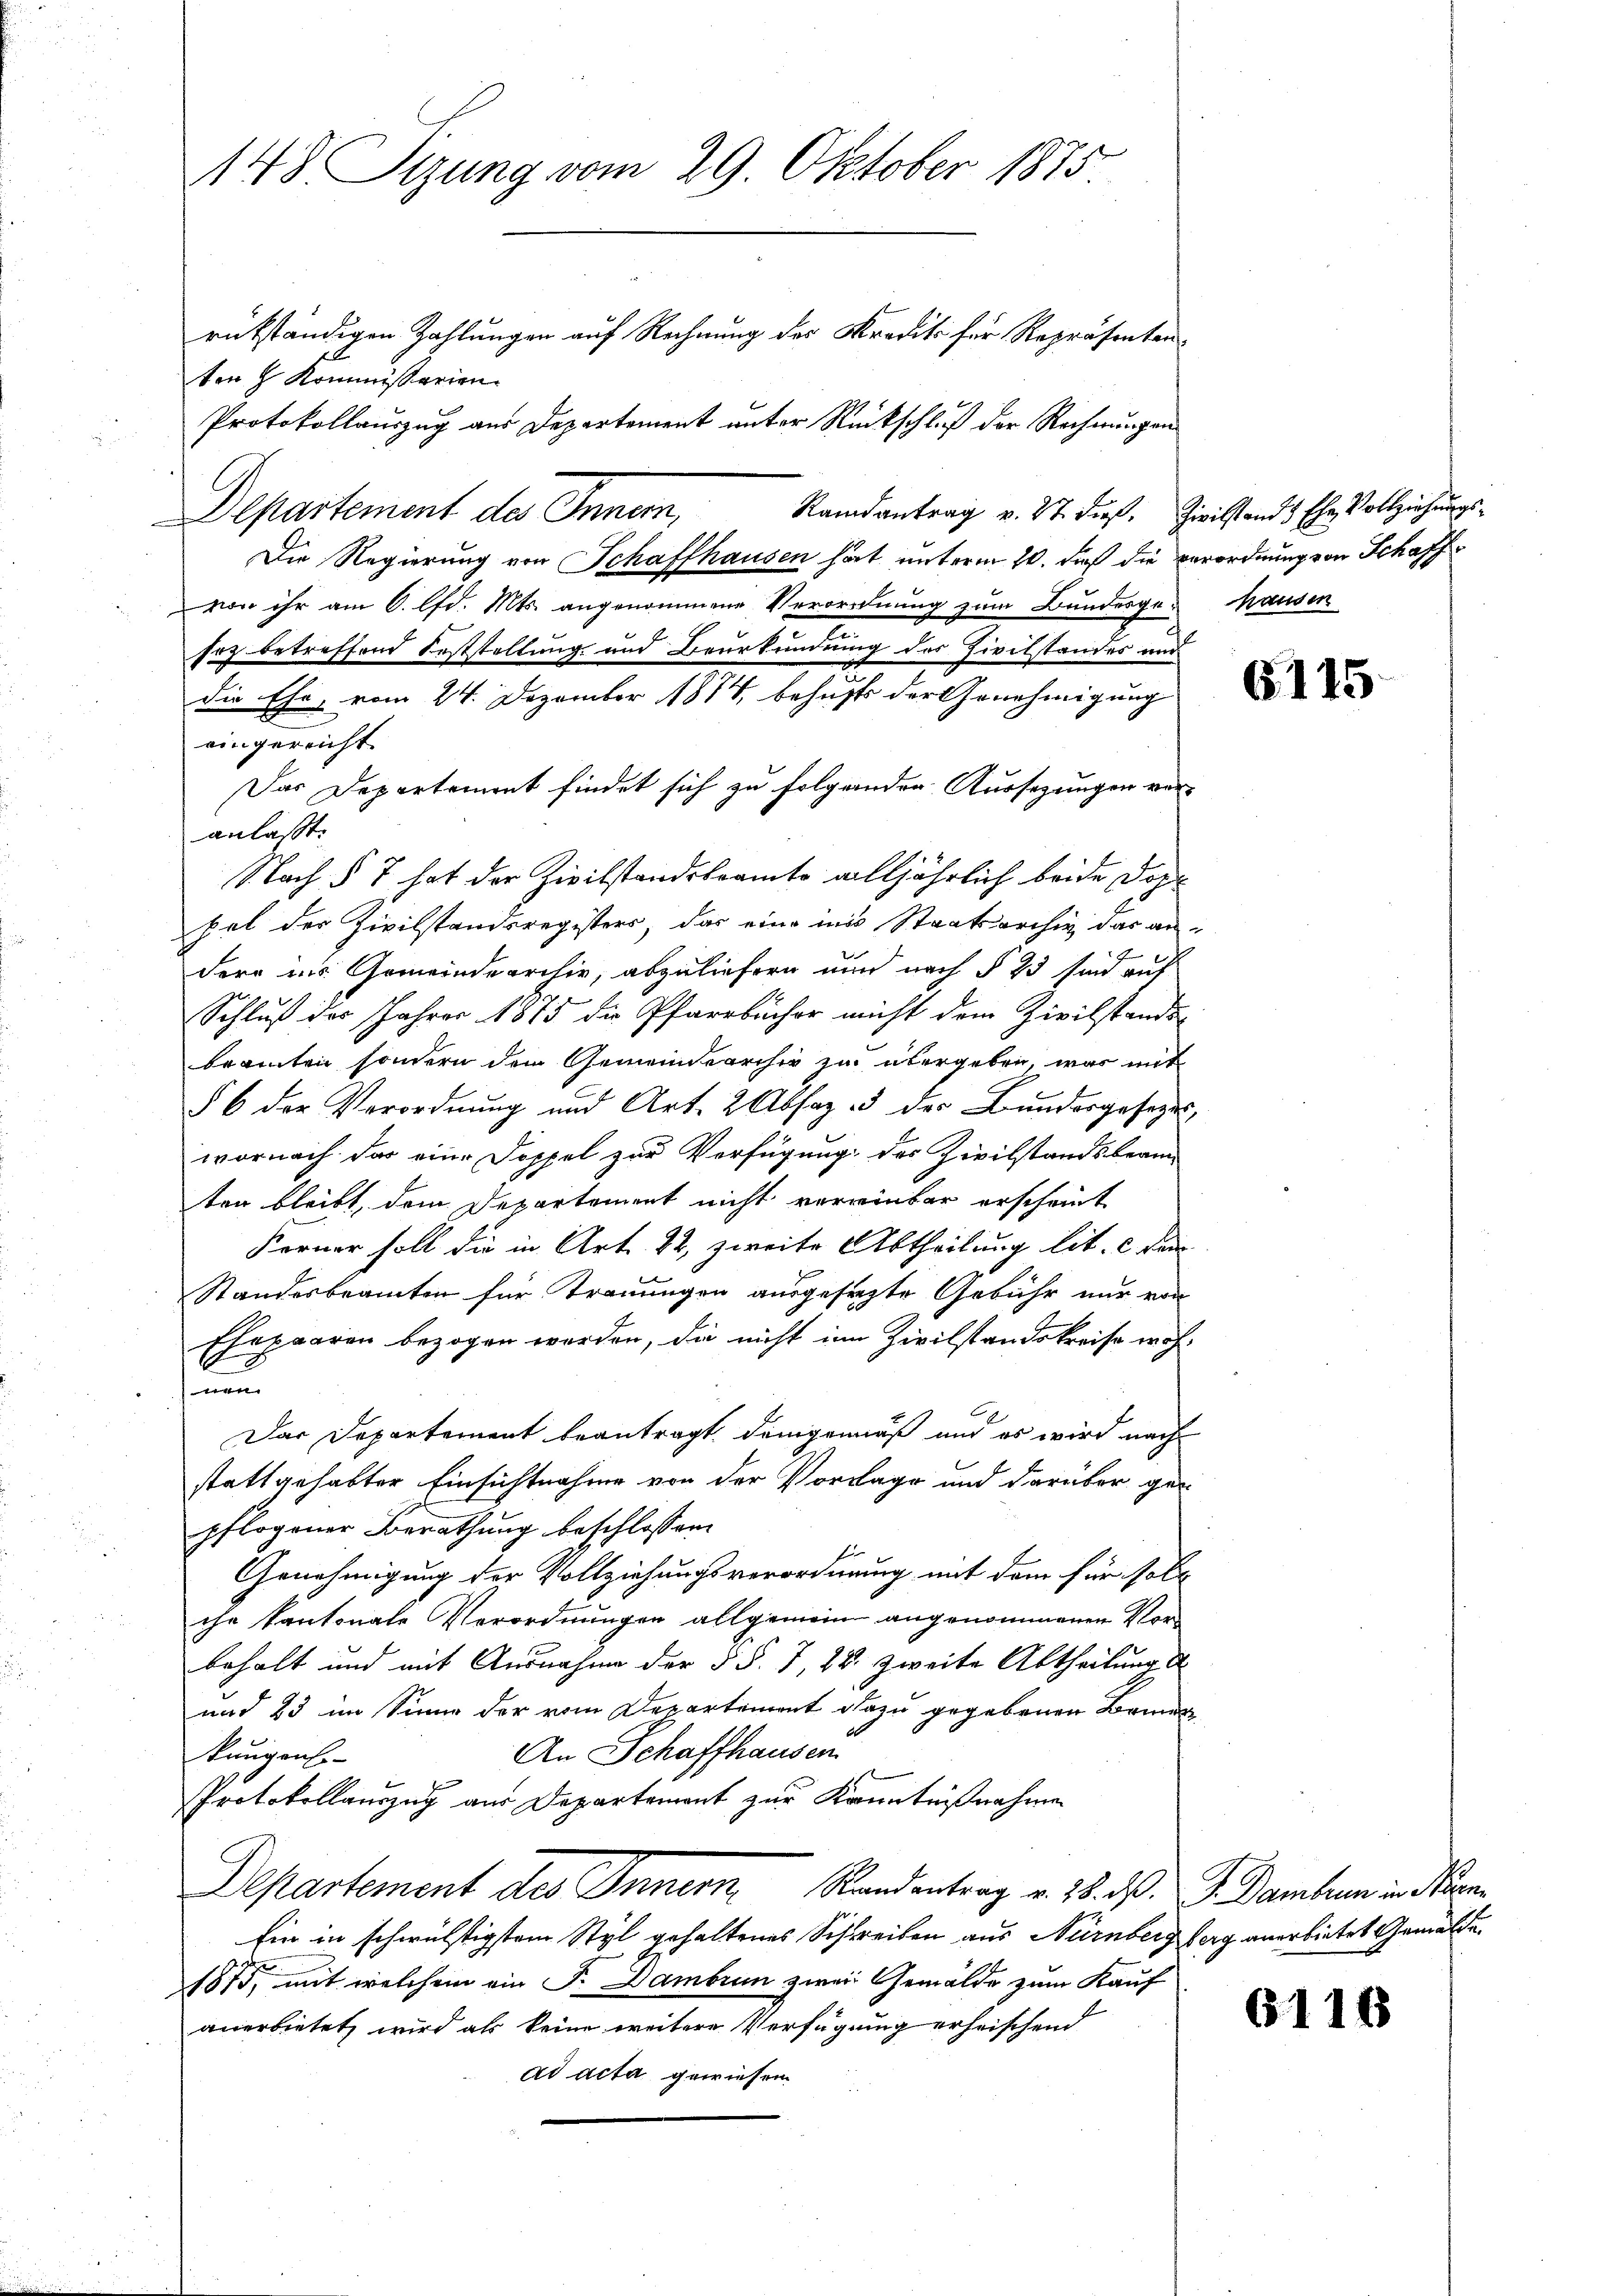
148. Sizung vom 29. Oktober 1875
rükständigen Zahlungen auf Rechnung des Kredits für Repräsenten
ten h. Kommissarien.
Protokollauszug aus Departement unter Rückschluß der Rechnungen

Randantrag v. 27. dieß. Zivilstands Ehe Vollziehungs¬
Departement des Innern,
Die Regierung von Schaffhausen hat unterm 10. daß die Verordnung von Schaffvor ihr am 6. lfd. Mts. angenommene Verordnung zum Bundesgesoz betreffend Feststellung und Beurkundung des Zivilstandes und
die Ehe, vom 24. Dezember 1814, behufs der Genehmigung
eingereicht.
Das Departement findet sich zu folgenden Aussezungen voranlasst.
Nach § 7 hat der Zivilstandsbeamte alljährlich beide Dop
hat der Zivilstandsregisters, das eine ins Staatsarchiv das andere ins Gemeindearchiv, abzuliefern nun nach § 23 sind auf
Schluß des Jahres 1875 die Pfarrbücher nicht dem Zivilstands-
beamten sondern dem Gemeindearchiv zu übergeben, was mit
§ 6 der Verordnung und Art. 2 Absaz 3 der Bundergesezeswornach das eine Doppel zur Verfügung des Zivilstandsbeam-
ten bleibt, dem Departement nicht verwinter erscheint
Ferner soll die in Art. 22, zweite Abtheilung lit. c. dan
Standesbeamten für Trauungen ausgesezte Gebühr nur von
Ehepaaren bezogen werden, die nicht im Zivilstandskreise woh-
nem
Das Departement beantragt, demgemäß und es wird nach
stattgehabter Einsichtnahme von der Vorlage und darüber gen
pflogener Berathung beschlossen:
Genehmigung der Vollziehungsverordnung mit dem für solc
che kantonate Verordnungen allgemein angenommenen Vor-
behalt und mit Ausnahme der § §. 7, 28. zweite Abtheilung d
und 23 im Sinne der vom Departement dazu gegebenen Bemer
An Schaffhausen
kungen.
Protokollauszug aus Departement zur Kenntnißnahmen
Departement des Inner Randentrag v. 28. d. J. Bamben in an
Ein in schwülstigstem Styl gehaltenes Schreiben aus Nürnberg berg anerbietet Gemälde,
1875, mit welchem ein J. Dambre zwei Gemälde zum Kauf
anerbietet, wird als keine weitere Verfügung erheischend
ad acta gewiesen.

hausen

G175

6114